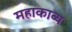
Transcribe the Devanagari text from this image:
महाकाब्‍य